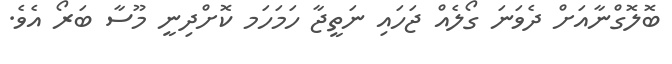
ބޮލޮގްނާއަށް ދެވަނަ ގޯލެއް ޖަހައި ނަތީޖާ ހަމަހަމ ކޮށްދިނީ މޫސާ ބަރޯ އެވެ.